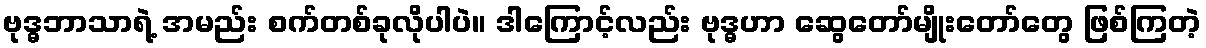
ဗုဒ္ဓဘာသာရဲ့ အမည်း စက်တစ်ခုလိုပါပဲ။ ဒါကြောင့်လည်း ဗုဒ္ဓဟာ ဆွေတော်မျိုးတော်တွေ ဖြစ်ကြတဲ့